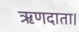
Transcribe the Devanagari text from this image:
ऋणदाता।